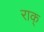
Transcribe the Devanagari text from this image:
राक्‌